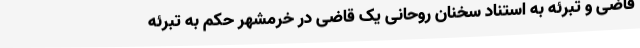
قاضی و تبرئه به استناد سخنان روحانی یک قاضی در خرمشهر حکم به تبرئه